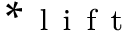
* _ { \mathrm { ~ l ~ i ~ f ~ t ~ } }